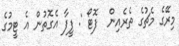
މިރޭގެ މެޗުގެ ތެރެއިން  ފޮޓޯ : ފީފާ އެގޮތުން އެ ޓީމުގެ